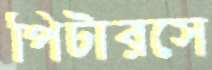
পিটারসে